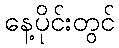
နေ့ပိုင်းတွင်